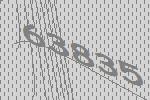
63835